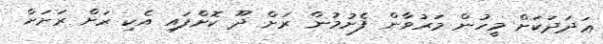
ޢަދަދަކަށް މީހުން މަރުވާން ފެށުމުން ރަށް ދޫ ކޮށްފައި އެކި ރަށް ރަށަށް